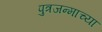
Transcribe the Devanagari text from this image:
पुत्रजन्माच्या